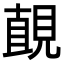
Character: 𧡚